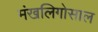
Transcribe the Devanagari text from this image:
मंखलिगोसाल